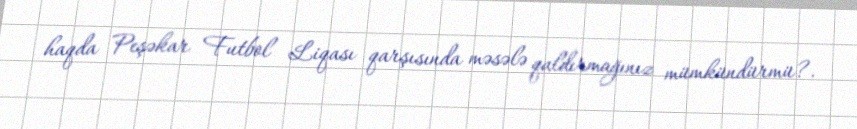
haqda Peşəkar Futbol Liqası qarşısında məsələ qaldırmağınız mümkündürmü?.